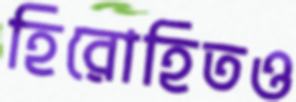
হিরোহিতও